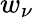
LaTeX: w_{\nu}